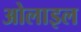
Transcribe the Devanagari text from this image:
ओलाइल